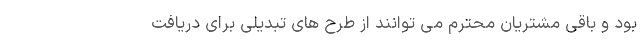
بود و باقی مشتریان محترم می توانند از طرح های تبدیلی برای دریافت